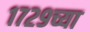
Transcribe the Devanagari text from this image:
१७२९च्या